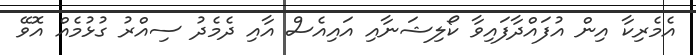
އެމެރިކާ އިން އުފައްދާފައިވާ ކޯލިޝަނާއި އައިއެސް އާއި ދެމެދު ސިއްރު ގުޅުމެއް އޮވޭ